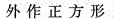
外作正方形